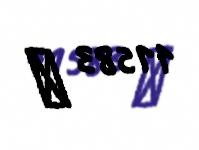
11583 ₼